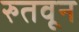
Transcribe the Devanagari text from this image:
रुतवून